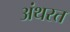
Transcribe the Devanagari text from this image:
अंथरत